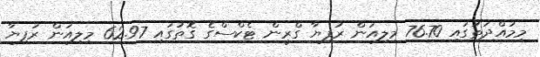
މިމުއްދަތުގައި 76.70 މިލިއަން ރުފިޔާ ގްރީން ޓެކްސްގެ ގޮތުގައި 62.97 މިލިއަން ރުފިޔާ